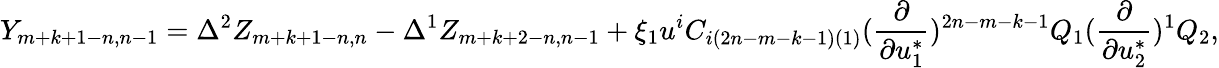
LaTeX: Y_{m+k+1-n,n-1}=\Delta^{2}Z_{m+k+1-n,n}-\Delta^{1}Z_{m+k+2-n,n-1}+\xi_{1}u^{i}C_{i(2n-m-k-1)(1)}({\frac{\partial}{\partial u_{1}^{*}}})^{2n-m-k-1}Q_{1}({\frac{\partial}{\partial u_{2}^{*}}})^{1}Q_{2},